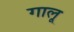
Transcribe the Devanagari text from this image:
गालू